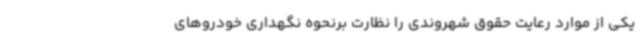
یکی از موارد رعایت حقوق شهروندی را نظارت برنحوه نگهداری خودروهای